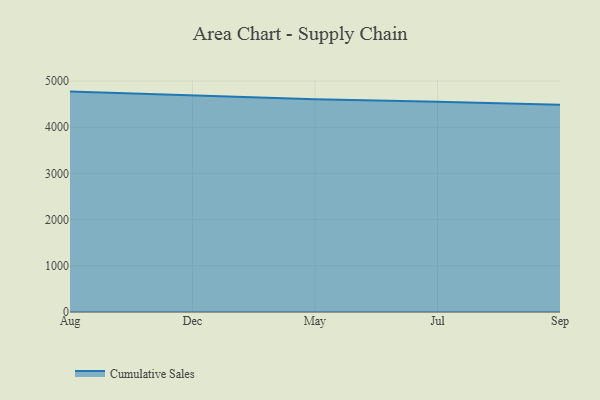
{"axis": {"x": "Month", "y": "Conversion Rate (%)"}, "legend": ["Cumulative Sales"], "data": [{"x": "Aug", "y": 4772.2, "type": "Cumulative Sales"}, {"x": "Dec", "y": 4690.6, "type": "Cumulative Sales"}, {"x": "May", "y": 4604.0, "type": "Cumulative Sales"}, {"x": "Jul", "y": 4553.4, "type": "Cumulative Sales"}, {"x": "Sep", "y": 4485.3, "type": "Cumulative Sales"}]}